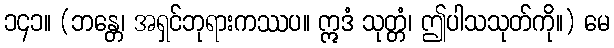
၁၄၁။ (ဘန္တေ၊ အရှင်ဘုရားကဿပ။ ဣဒံ သုတ္တံ၊ ဤပါသသုတ်ကို။) မေ